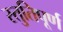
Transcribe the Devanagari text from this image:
स्तुतिपूर्ण